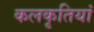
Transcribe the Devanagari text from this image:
कलकृतियां